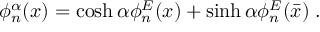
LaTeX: \phi _ { n } ^ { \alpha } ( x ) = \cosh \alpha \phi _ { n } ^ { E } ( x ) + \sinh \alpha \phi _ { n } ^ { E } ( \bar { x } ) \; .